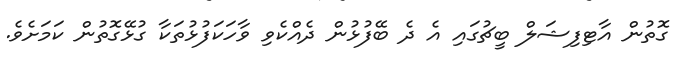
ގޮތުން އާޓިފިޝަލް ބީޗުގައި އެ ދެ ބޭފުޅުން ދެއްކެވި ވާހަކަފުޅުތަކާ ގުޅޭގޮތުން ކަމަށެވެ.